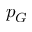
p _ { G }